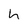
Character: h